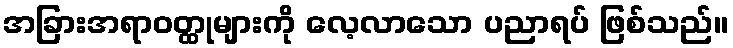
အခြားအရာဝတ္ထုများကို လေ့လာသော ပညာရပ် ဖြစ်သည်။